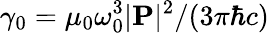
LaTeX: \gamma_{0}=\mu_{0}\omega_{0}^{3}|\mathbf{P}|^{2}/(3\pi\hbar c)